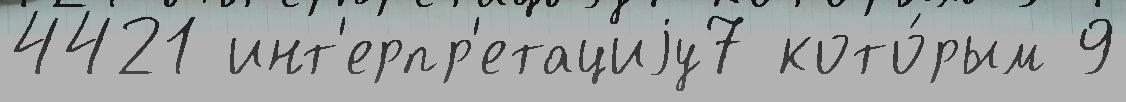
4421 инт'ерпр'етациjу7 кото́рым 9